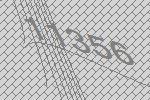
11356